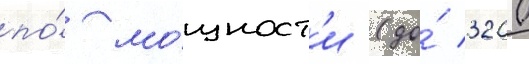
по́ мо́щност'и (до́ 3200